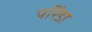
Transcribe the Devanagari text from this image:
परिंडा